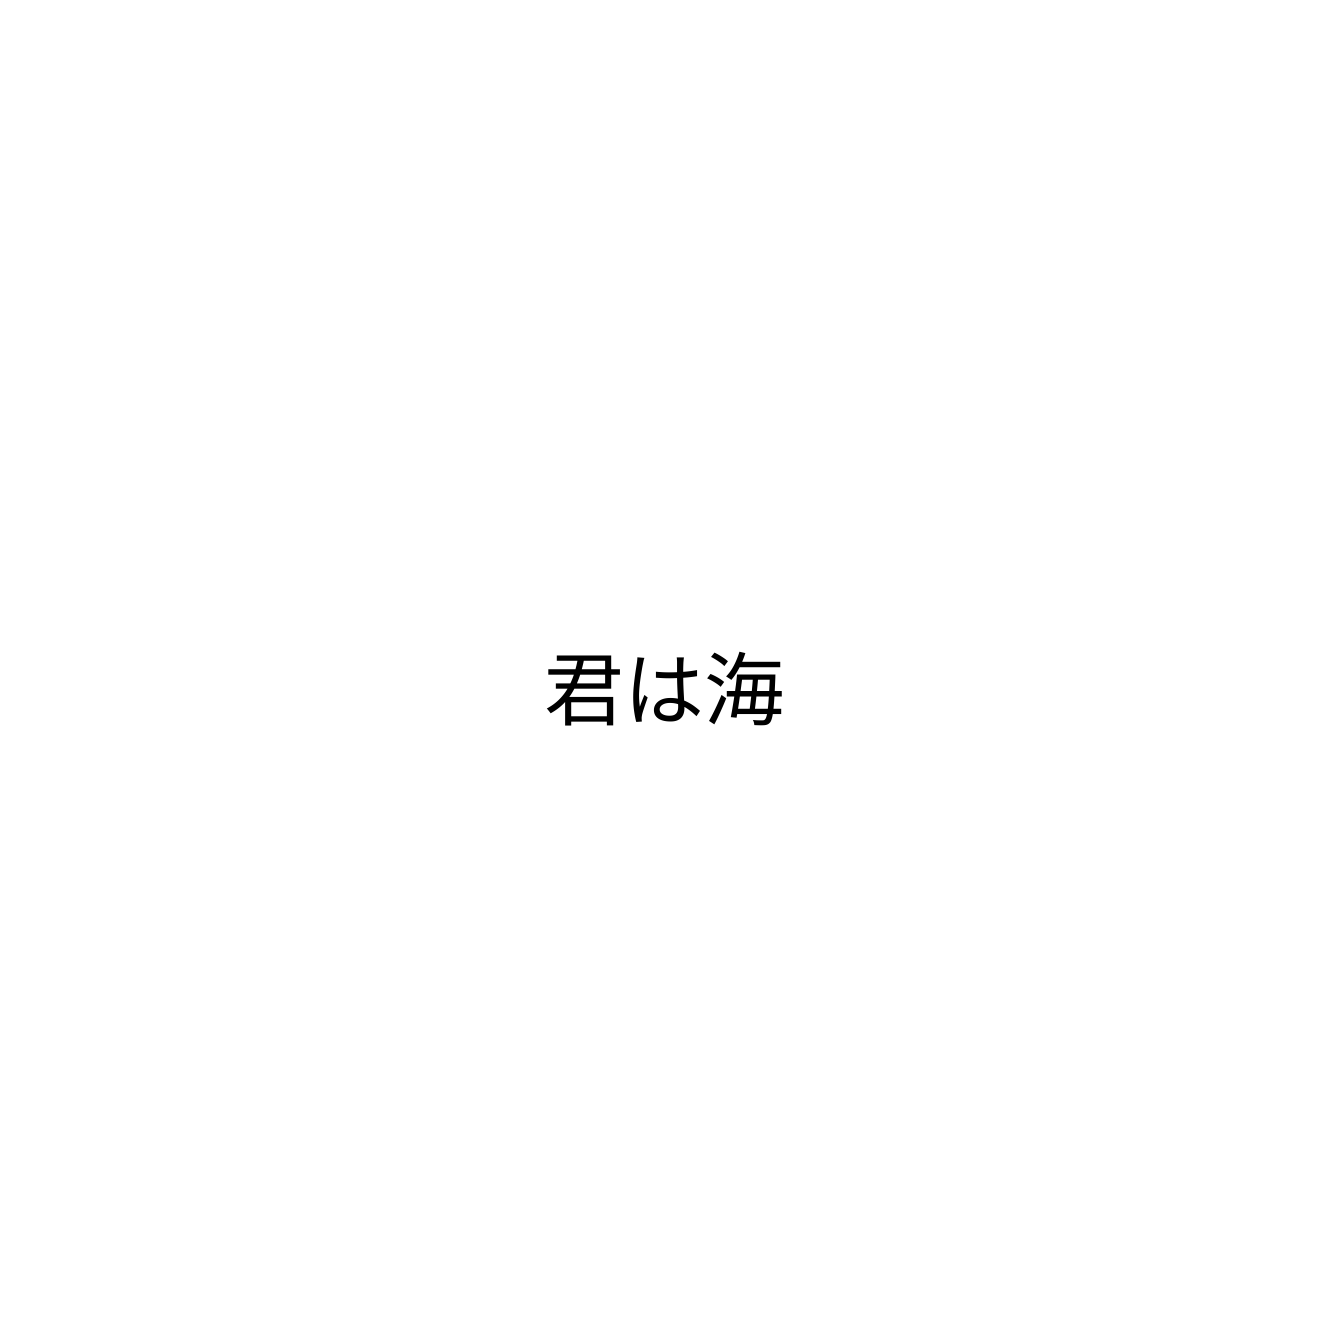
君は海